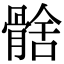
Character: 𩩗